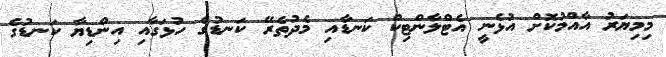
މިމިޔަރު އާއްމުކޮށް އުޅެނީ އެޓްލާންޓިކް ކަނޑާއި މެދުތެރޭ ކަނޑުގެ ހުޅަގާއި އިންޑިޔާ ކަނޑުގެ